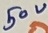
Text: 50V